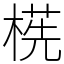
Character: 㮱